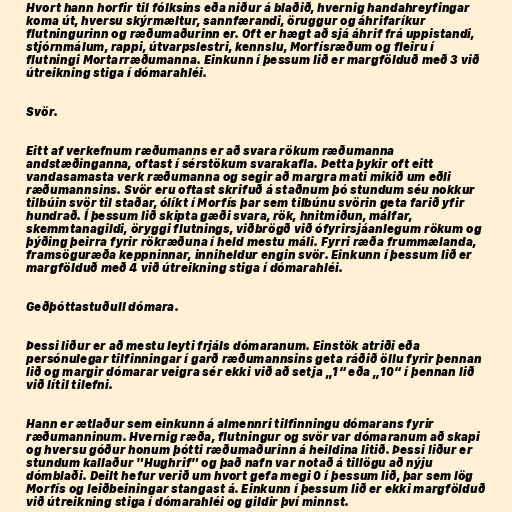
Hvort hann horfir til fólksins eða niður á blaðið, hvernig handahreyfingar
koma út, hversu skýrmæltur, sannfærandi, öruggur og áhrifaríkur
flutningurinn og ræðumaðurinn er. Oft er hægt að sjá áhrif frá uppistandi,
stjórnmálum, rappi, útvarpslestri, kennslu, Morfísræðum og fleiru í
flutningi Mortarræðumanna. Einkunn í þessum lið er margfölduð með 3 við
útreikning stiga í dómarahléi.

Svör.

Eitt af verkefnum ræðumanns er að svara rökum ræðumanna
andstæðinganna, oftast í sérstökum svarakafla. Þetta þykir oft eitt
vandasamasta verk ræðumanna og segir að margra mati mikið um eðli
ræðumannsins. Svör eru oftast skrifuð á staðnum þó stundum séu nokkur
tilbúin svör til staðar, ólíkt í Morfís þar sem tilbúnu svörin geta farið yfir
hundrað. Í þessum lið skipta gæði svara, rök, hnitmiðun, málfar,
skemmtanagildi, öryggi flutnings, viðbrögð við ófyrirsjáanlegum rökum og
þýðing þeirra fyrir rökræðuna í held mestu máli. Fyrri ræða frummælanda,
framsöguræða keppninnar, inniheldur engin svör. Einkunn í þessum lið er
margfölduð með 4 við útreikning stiga í dómarahléi.

Geðþóttastuðull dómara.

Þessi liður er að mestu leyti frjáls dómaranum. Einstök atriði eða
persónulegar tilfinningar í garð ræðumannsins geta ráðið öllu fyrir þennan
lið og margir dómarar veigra sér ekki við að setja „1“ eða „10“ í þennan lið
við lítil tilefni.

Hann er ætlaður sem einkunn á almennri tilfinningu dómarans fyrir
ræðumanninum. Hvernig ræða, flutningur og svör var dómaranum að skapi
og hversu góður honum þótti ræðumaðurinn á heildina litið. Þessi liður er
stundum kallaður "Hughrif" og það nafn var notað á tillögu að nýju
dómblaði. Deilt hefur verið um hvort gefa megi 0 í þessum lið, þar sem lög
Morfís og leiðbeiningar stangast á. Einkunn í þessum lið er ekki margfölduð
við útreikning stiga í dómarahléi og gildir því minnst.